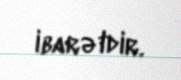
ibarətdir.